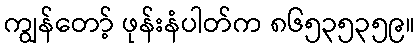
ကျွန်တော့် ဖုန်းနံပါတ်က ၈၆၅၃၅၃၅၉။